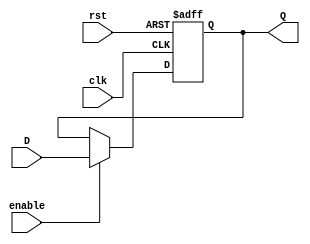
//////////////////////////////////////////////////////////////////////////////////
// Company: ITESO 
// Description: Functional model of a parametric register
// with asynchronous reset.
//////////////////////////////////////////////////////////////////////////////////
module Reg_param #(
parameter width=32,
parameter reset_value = 0
) 
(
input rst, clk, enable,
input [width-1:0]D,
output reg [width-1:0]Q);

always@(posedge rst, posedge clk) begin
//always@(negedge rst, posedge clk) begin
    //if(!rst)
	 if(rst==1)
		    Q  <= reset_value;
	 else if(enable==1)
		      Q <= D;
			else
			   Q <= Q;
	end
endmodule